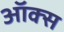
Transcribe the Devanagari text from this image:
ऑक्‍स